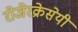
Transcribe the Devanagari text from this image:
रोजेरक्रेसेयी